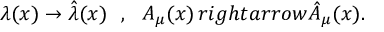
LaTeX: \lambda ( x ) \rightarrow \hat { \lambda } ( x ) ~ ~ , ~ ~ A _ { \mu } ( x ) \, r i g h t a r r o w \hat { A } _ { \mu } ( x ) .